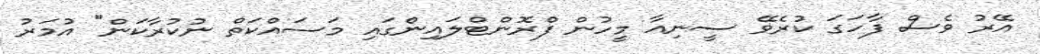
އޭރު ވެސް ފާހަގަ ކުރެވޭ ސީނިއާ މީހުން ފްރޮންޓްލައިންގައި މަސައްކަތް ނުކުރާކަން" އުމަރު